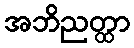
အဘိညတ္ထာ